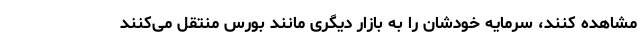
مشاهده کنند، سرمایه خودشان را به بازار دیگری مانند بورس منتقل می‌کنند